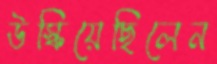
উস্‌কিয়েছিলেন